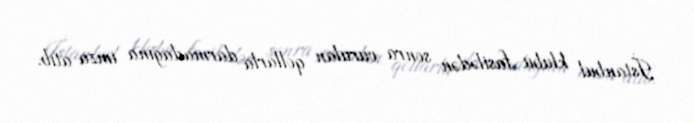
İstanbul klubu fasilədən sonra vurulan qollarla darmadağına imza atıb.